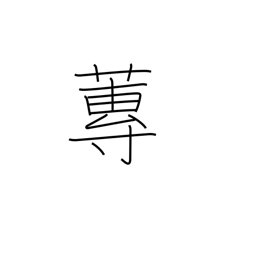
Meaning: type of water plant